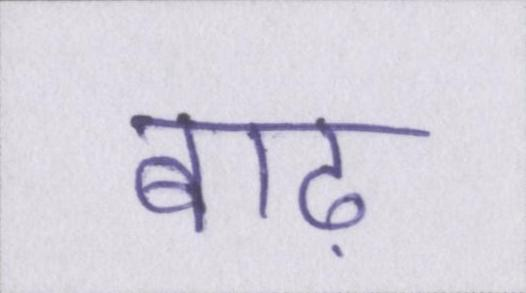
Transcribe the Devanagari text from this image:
बाढ़